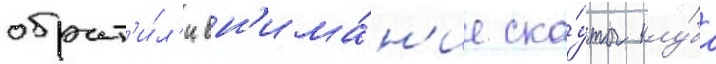
обрат'и́л'и вн'има́н'ие ска́уты клу́ба